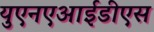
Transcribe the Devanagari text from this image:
युएनएआईडीएस